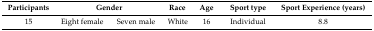
<table><thead><tr><td><b>Participants</b></td><td colspan="2"><b>Gender</b></td><td><b>Race</b></td><td><b>Age</b></td><td><b>Sport type</b></td><td><b>Sport Experience (years)</b></td></tr></thead><tbody><tr><td>15</td><td>Eight female</td><td>Seven male</td><td>White</td><td>16</td><td>Individual</td><td>8.8</td></tr></tbody></table>